Rangoon Lunatic Asylum 1898-1906 - 1898-1906
Year: 1898
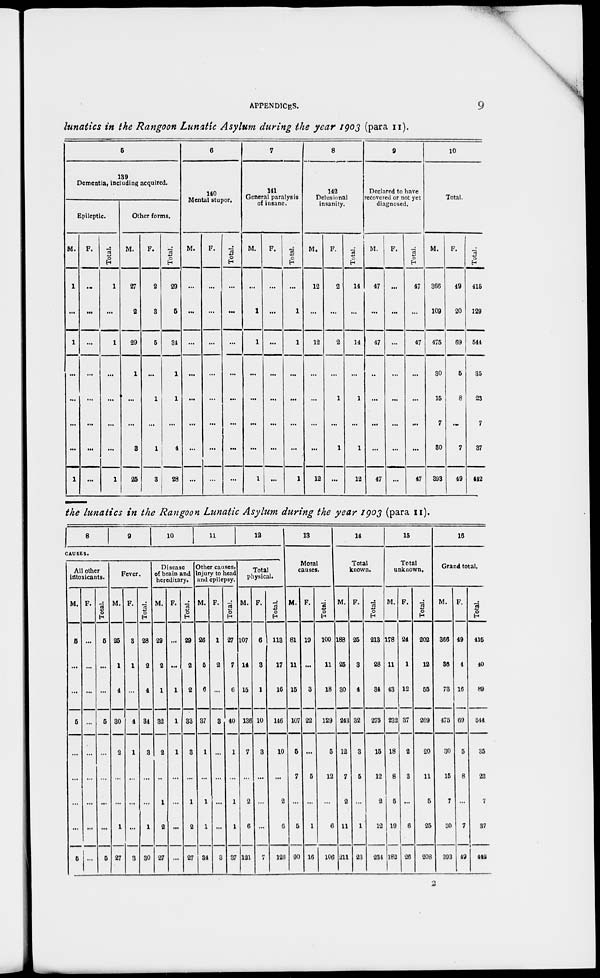
APPENDICES.
9
lunatics in the Rangoon Lunatic Asylum during the year 1903 (para 11).
5
139
Dementia, including acquired.
Epileptic.
M.
1
...
1
...
...
...
...
1
F.
...
...
...
...
...
...
...
...
Total.
1
...
1
...
...
...
...
1
Other forms.
M.
27
2
29
1
...
...
3
25
F.
2
3
5
...
1
...
1
3
Total.
29
5
34
1
1
...
4
28
6
140
Mental stupor.
M.
...
...
...
...
...
...
...
...
F.
...
...
...
...
...
...
...
...
Total.
...
...
...
...
...
...
...
...
7
141
General paralysis
of insane.
M.
...
1
1
...
...
...
...
1
F.
...
...
...
...
...
...
...
...
Total.
...
1
1
...
...
...
...
1
8
142
Delusional
insanity.
M.
12
...
12
...
...
...
...
12
F.
2
...
2
...
1
...
1
...
Total.
14
...
14
...
1
...
1
12
9
Declared to have
recovered or not yet
diagnosed.
M.
17
...
17
...
...
...
...
17
F.
...
...
...
...
...
...
...
...
Total.
17
...
17
...
...
...
...
17
10
Total.
M.
366
109
475
30
15
7
30
393
F.
49
20
69
5
8
...
7
19
Total.
415
129
544
35
23
7
37
442
the lunatics in the Rangoon Lunatic Asylum during the year 1903 (para 11).
8
9
10
11
12
CAUSES.
All other
intoxicants.
M.
5
...
...
5
...
...
...
...
5
F.
...
...
...
...
...
...
...
...
...
Total.
5
...
...
5
...
...
...
...
5
Fever.
M.
25
1
1
30
2
...
...
1
27
F.
3
1
...
1
1
...
...
...
3
Total.
28
2
1
31
3
...
...
1
30
Disease
of brain and
hereditary.
M.
29
2
1
32
2
...
1
2
27
F.
...
...
1
1
1
...
...
...
...
Total.
29
2
2
33
3
...
1
2
27
Other causes,
injury to head
and epilepsy.
M.
26
5
6
37
1
...
1
1
34
F.
1
2
...
3
...
...
...
...
3
Total.
27
7
6
40
1
...
1
1
37
Total
physical.
M.
107
14
15
136
7
...
2
6
121
F.
6
3
1
10
3
...
...
...
7
Total
113
17
16
146
10
...
2
6
128
13
Moral
causes.
M.
81
11
15
107
5
7
...
5
90
F.
19
...
3
22
...
5
...
1
16
Total.
100
11
18
129
5
12
...
6
106
14
Total
known.
M.
188
25
30
243
12
7
2
11
211
F.
25
3
4
32
3
5
...
1
23
Total.
213
28
34
275
15
12
2
12
234
15
Total
unknown.
M.
178
11
43
232
18
8
5
19
182
F.
24
1
12
37
2
3
...
6
26
Total.
202
12
55
269
20
11
5
25
208
16
Grand total.
M.
366
36
73
475
30
15
7
30
393
F.
49
4
16
69
5
8
...
7
49
Total.
415
40
89
544
35
23
7
37
442
2